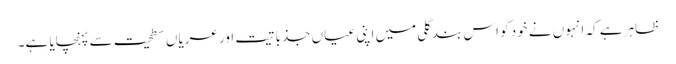
ظاہر ہے کہ انہوں نے خود کو اس بند گلی میں اپنی عیاں جذباتیت اور عریاں سطحیت سے پہنچایا ہے۔